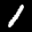
Label: 1